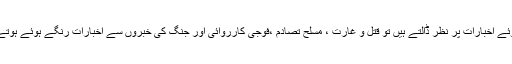
آج کل ہم صبح صبح جب آنکھیں مسلتے ہوئے اخبارات پر نظر ڈالتے ہیں تو قتل و غارت ، مسلح تصادم ،فوجی کارروائی اور جنگ کی خبروں سے اخبارات رنگے ہوئے ہوتے ہیں ،جن کی سرخیاں کچھ یوں ہوتی ہیں ۔